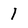
Character: 1